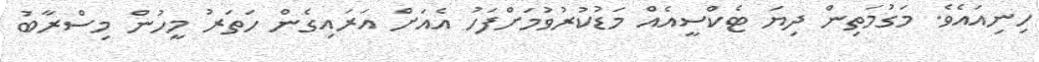
ހިނިއައެވެ. މަގުމަތިން ދިޔަ ޓެކްސީއެއް މަޑުކުރުވުމަށްފަހު އެއަށް އަރައިގެން ހަތަރު މީހުން މިސްރާބު